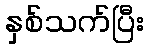
နှစ်သက်ပြီး